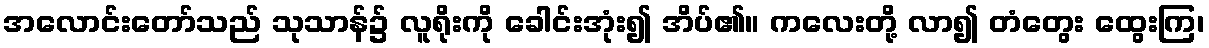
အလောင်းတော်သည် သုသာန်၌ လူရိုးကို ခေါင်းအုံး၍ အိပ်၏။ ကလေးတို့ လာ၍ တံတွေး ထွေးကြ၊